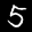
Label: 5